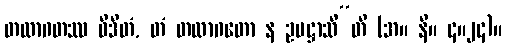
တထာဂတဿ ဝိဒိတံ, တံ တထာဂတော န ဥပဋ္ဌာသီ”တိ (အ။ နိ။ ၄။၂၄)။